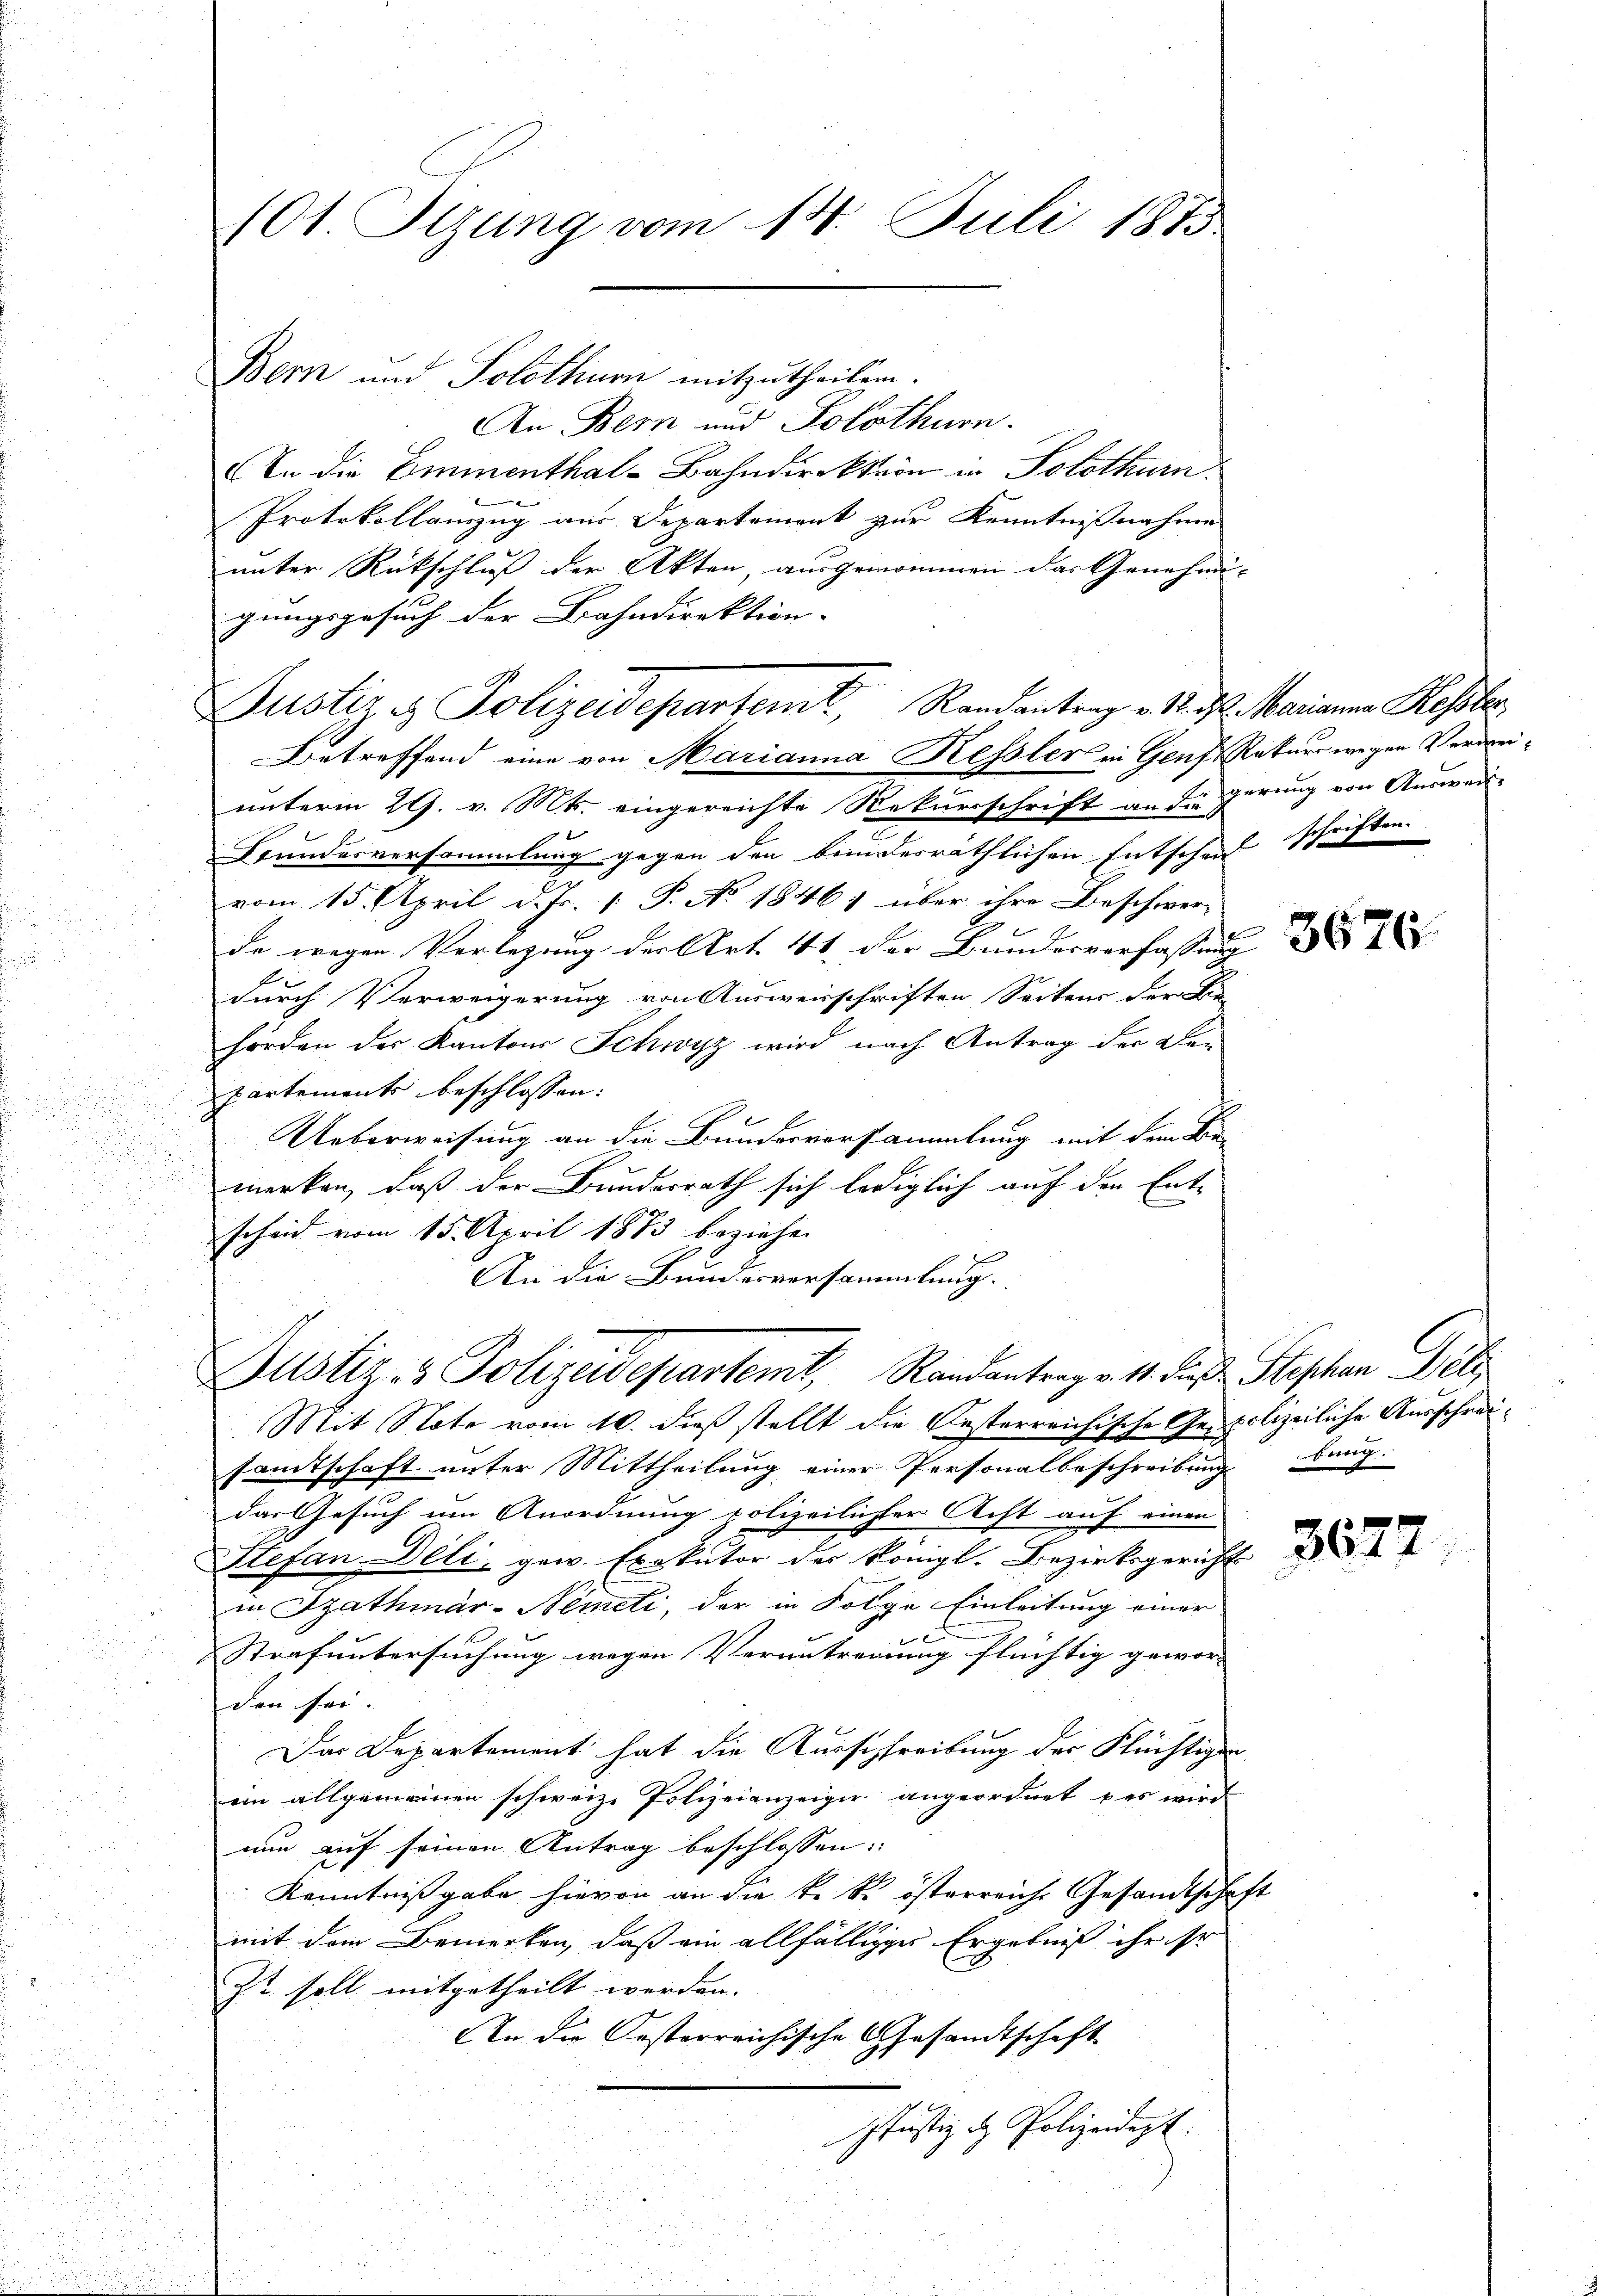
An Bern und Solothurn.
In die Emmenthal-Bahndirektion in Solothurn,
Protokollauszug aus Departement zur Kenntnißnahme
unter Rückschluß der Akten, ausgenommen das Genehmi-
gungsgesuch der Bahndirektion. |
unterm 29. v. Mts. eingereichte Rekursschrift an die gerung von Ausweis-
Bundesversammlung gegen den bundesräthlichen Entscheid schriften.
vom 15. April d. Js. [ P. No 1846) über ihre Beschwer-
de wegen Verlegung der Art. 41. Der Bundesverfassung
durch Verweigerung von Ausweisschriften Seitens der Die
hörden des Kantons Schwyz wird nach Antrag der Der
partements beschlossen:
Ueberweisung an die Bundesversammlung mit dem Be-
merken, daß der Bundesrath sich lediglich auf den Ent-
scheid vom 15. April 1873 beziehen
An die Bundesversammlung.
Justiz- & Polizeidepartemt, Randantrag v. 11. die Stephan Betr
Mit Note vom 10. dieß stellt die Oesterreichische Gespolizeiliche Ausschreisamtschaft unter Mittheilung einer Personalbeschreibung bang.
das Gesuch um Anordnung polizeilicher Aecht auf einen
Stefan Deli, gew. Erikator der Königl. Bezirksgerichts
in Szathmar-Németi, der in Folge Einleitung einer
f
Strafuntersuchung wegen Verantrennung flüchtig gewor- |
den sei.
Das Departement hat die Ausschreibung der Flüchtigen
ein allgemeinen schweiz. Polizeianzeiger angeordnet des wird
nun auf seinen Antrag beschlossen:
Kenntnißgabe hievon an die k. k. österreiche Gesandtschaft
mit dem Bemerken, daß ein allfälliges Ergebniß ihr ihr
Ist soll mitgetheilt werden.
An die Oesterreichische Gesandtschaft
Justiz d. Polizeidept.

101. Sizung vom 14. Juli 1873

Bern und Solothurn mitzutheilen.

Justiz & Polizeidepartemt, Randantrag v. 1. ds. Marianna Kessler,
Betreffend eine von Marianna Kessler in Genf, Rekurs wegen Verwei¬